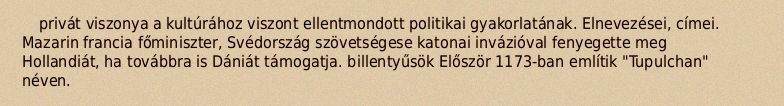
privát viszonya a kultúrához viszont ellentmondott politikai gyakorlatának. Elnevezései, címei. Mazarin francia főminiszter, Svédország szövetségese katonai invázióval fenyegette meg Hollandiát, ha továbbra is Dániát támogatja. billentyűsök Először 1173-ban említik "Tupulchan" néven.